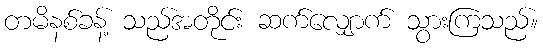
တမိနစ်ခန့် သည်အတိုင်း ဆက်လျှောက် သွားကြသည်။